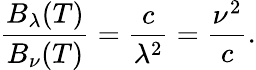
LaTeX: {\frac{B_{\lambda}(T)}{B_{\nu}(T)}}={\frac{c}{\lambda^{2}}}={\frac{\nu^{2}}{c}}.